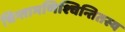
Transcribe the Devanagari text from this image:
चिन्तामणिश्चिन्तितस्य